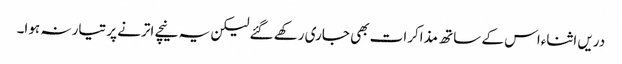
دریں اثناءاس کے ساتھ مذاکرات بھی جاری رکھے گئے لیکن یہ نیچے اترنے پر تیار نہ ہوا۔